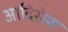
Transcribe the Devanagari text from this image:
आदिसेश